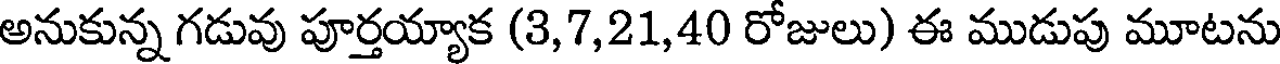
అనుకున్న గడువు పూర్తయ్యాక (3,7,21,40 రోజులు) ఈ ముడుపు మూటను